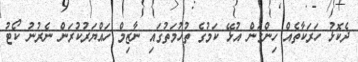
ދެކޮޅު ހަރަކާތެއް ހިންގަން އުޅޭ ކަމުގެ ތުހުމަތުގައި ނާޒިމް ހައްޔަރުކުރަން ނެރުނު ކޯޓު